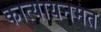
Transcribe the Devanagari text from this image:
कात्यायनमत